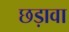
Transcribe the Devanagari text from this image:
छड़ावा